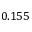
0 . 1 5 5